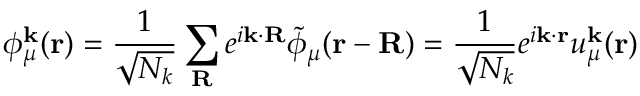
\phi _ { \mu } ^ { \mathbf { k } } ( \mathbf { r } ) = \frac { 1 } { \sqrt { N _ { k } } } \sum _ { \mathbf { R } } e ^ { i \mathbf { k } \cdot \mathbf { R } } \tilde { \phi } _ { \mu } ( \mathbf { r } - \mathbf { R } ) = \frac { 1 } { \sqrt { N _ { k } } } e ^ { i \mathbf { k } \cdot \mathbf { r } } u _ { \mu } ^ { \mathbf { k } } ( \mathbf { r } )